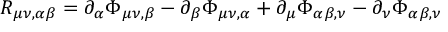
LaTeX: R _ { \mu \nu , \alpha \beta } = \partial _ { \alpha } \Phi _ { \mu \nu , \beta } - \partial _ { \beta } \Phi _ { \mu \nu , \alpha } + \partial _ { \mu } \Phi _ { \alpha \beta , \nu } - \partial _ { \nu } \Phi _ { \alpha \beta , \nu }